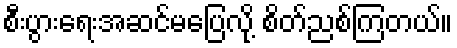
စီးပွားရေးအဆင်မပြေလို့ စိတ်ညစ်ကြတယ်။